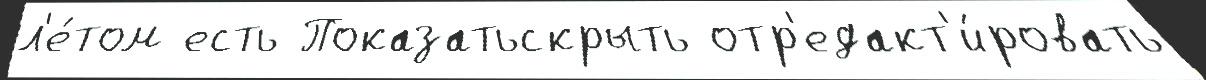
л'е́том есть Показатьскрыть отр'едакт'и́ровать